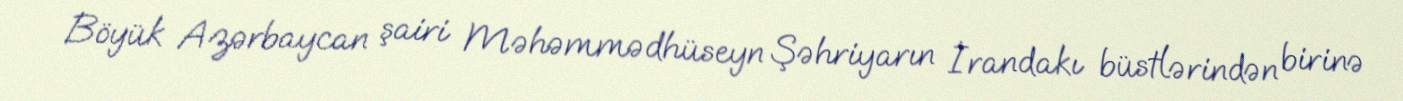
Böyük Azərbaycan şairi Məhəmmədhüseyn Şəhriyarın İrandakı büstlərindən birinə